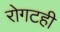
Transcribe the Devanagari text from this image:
रोगटही